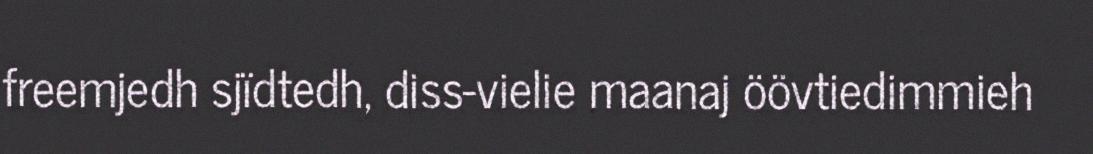
freemjedh sjïdtedh, diss-vielie maanaj öövtiedimmieh